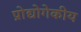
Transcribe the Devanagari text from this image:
प्रोद्योगेकीय